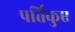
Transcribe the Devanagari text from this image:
पर्तिकुए